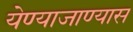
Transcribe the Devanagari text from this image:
येण्याजाण्यास